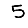
Digit: 5